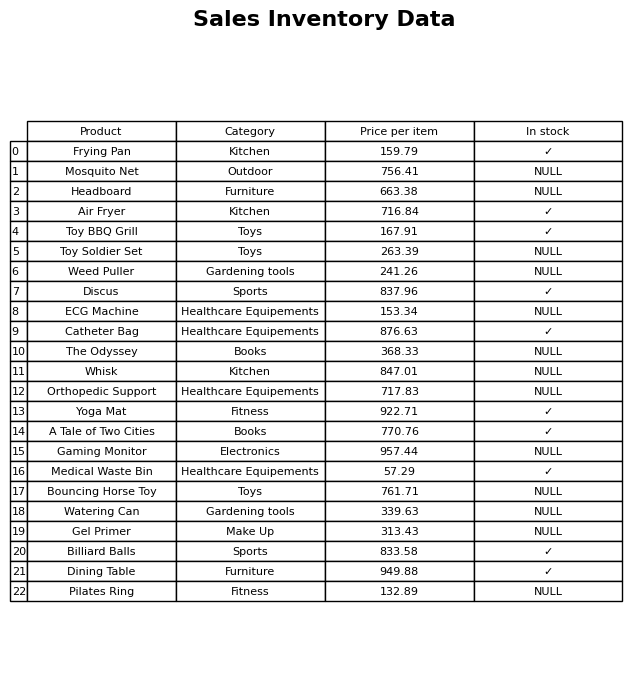
question: What is the stock status of the Toy BBQ Grill?
answer: ✓